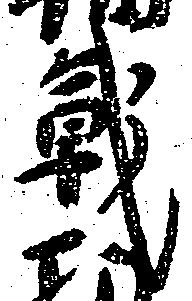
戦